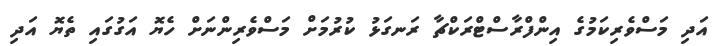
އަދި މަސްވެރިކަމުގެ އިންފްރާސްޓްރަކްޗާ ރަނގަޅު ކުރުމަށް މަސްވެރިންނަށް ހެޔޮ އަގުގައި ތެޔޮ އަދި